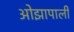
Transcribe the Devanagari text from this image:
ओझापाली